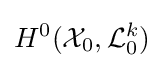
H^{0}({\mathcal {X}}_{0},{\mathcal {L}}_{0}^{k})